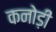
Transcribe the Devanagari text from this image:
कनोड़ी